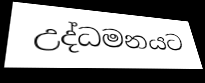
උද්ධමනයට